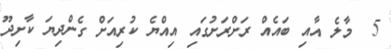
5  މާލެ އާއި ބައެއް ރަށްރަށުގައި އިއްޔެ ކުރިއަށް ގެންދިޔަ ކާށިދޫ